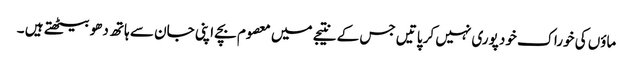
ماؤں کی خوراک خود پوری نہیں کر پاتیں جس کے نتیجے میں معصوم بچے اپنی جان سے ہاتھ دھو بیٹھتے ہیں ۔